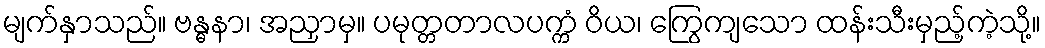
မျက်နှာသည်။ ဗန္ဓနာ၊ အညှာမှ။ ပမုတ္တတာလပက္ကံ ဝိယ၊ ကြွေကျသော ထန်းသီးမှည့်ကဲ့သို့။